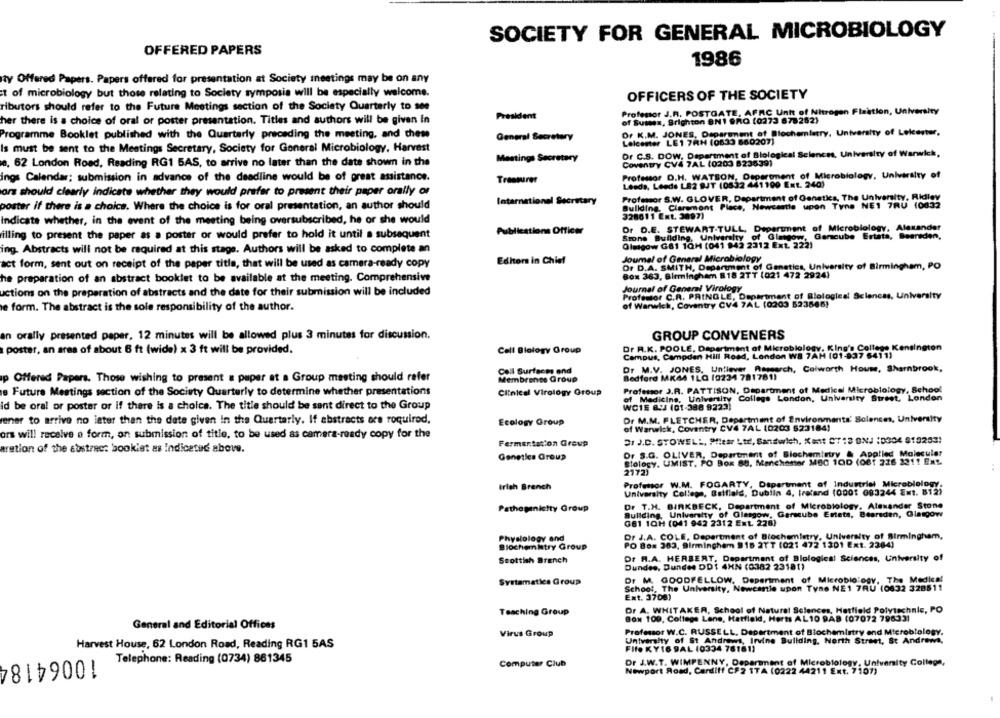
SOCIETY FOR GENERAL MICROBIOLOGY
OFFERED PAPERS
1986
ty Offered Papers. Papers offered for presentation at Society meetings may be on any
t of microbiology but those relating to Society symposia will be especially welcome.
OFFICERS OF THE SOCIETY
ributors should refer to the Future Meetings section of the Society Quarterly to 100
President
Profesor J.R. POSTGATE, AFRC Unit of Nitrogen Flaation, University
her there is a choice of oral or poster presentation. Titles and authors will be given in
of Suites, Brighton BN1 9RQ (0273 878252)
Programme Booklet published with the Quarterly preceding the meeting, and chese
General Secretary
Or K.M. JONES, Department of Biochemistry, University of Leicester,
Leicester LE1 7RH (0633 860207)
Is must be sent to the Meetings Secretary, Society for General Microbiology, Harvest
Meetings Secretary
Or C.S. DOW, Department of Biological Sciences, University of Warwick,
o. 62 London Road, Reading RG1 5AS, to arrive no later than the date shown in the
Coventry CV4 7AL (0203 8236391
ings Calendar; submission in advance of the deadline would be of great assistance.
Treasurer
Professor D.H. WATSON, Department of Microbiology, University of
Leeds, Leeds L82 SJT (0832 441199 Ext. 240)
ors should clearly indicate whether they would prefer to present their paper orally or
International Secretary
Profesor S.W. GLOVER, Department of Genetics, The University, Ridley
poster if there is a choice. Where the choice is for oral presentation, an author should
Buliding, Claremont Place, Newcastle upon Tyne NE1 7RU 10032
328611 Ext. 3097)
Indicate whether, in the event of the meeting being oversubscribed, he or she would
Dr D.E. STEWART-TULL, Department of Microbiology, Alexander
illing to present the paper as a poster or would prefer to hold it until a subsequent
Publications Officer
Stone Building, University of Glasgow, Gencube Ertata, Beareden,
Glasgow G81 1QH (041 942 2312 Ext. 222)
ing. Abstracts will not be required at this stage. Authors will be asked to complete an
Joumal of General Microbiology
act form, sent out on receipt of the paper title, that will be used as camera-ready copy
Editor in Chief
Dr D.A. SMITH, Department of Genetics, University of Birmingham, PO
he preparation of an abstract booklet to be available at the meeting. Comprehensive
Box 363, Birmingham 818 2TT (021 472 2924)
Journal of General Virology
uctiom on the preparation of abstracts and the date for their submission will be included
Professor C.R. PRINGLE, Department of Blological Sciences, University
e form. The abstract is the sole responsibility of the author.
of Warwick, Coventry CV4 7AL (0203 523566)
an orally presented paper, 12 minutes will be allowed plus 3 minutes for discussion.
GROUP CONVENERS
poster, an area of about 6 ft (wide) x 3 ft will be provided.
Cell Biology Group
Dr R.K. POOLE, Department of Microbiology, King's College Kensington
Campus, Campden Hill Road, London W8 7AH (01-937 6411)
Cell Surfaces and
Dr M.V. JONES, Untiever Reserch, Colworth House, Shamnbrook,
p Offered Papers. Those wishing to present a paper at a Group meeting should refer
Membranes Group
Bedford MK44 1LQ 19234 781781)
e Future Meetings section of the Society Quarterly to determine whether presentations
Clinical Virology Group
Professor J.R. PATTISON, Department of Medical Microbiology, School
of Medicine, University College London, University Street, London
id be oral or postar or if there is a choice. The title should be sant direct to the Group
WCIE &.J (01-388 9223)
ener to arrive no later than the date given in the Quarterly. If abstracts ore roquired.
Ecology Group
Dr M.M. FLETCHER, Department of Environments' Solences, University
of Warwick, Coventry CV4 7AL 10203 523184)
ors will receive a form, on submission of title, to be used as camera-ready copy for the
Fermentation Group
31 J.C. STOWELL, Pear Ltd, Sandwich, Xant 0718 ONJ :0304 819253)
aration of the abstrac: booklet as Indicated above.
Dr S.G. OLIVER, Department of Biochemistry & Applied Molecular
Genetics Group
Biology, UMIST. PO Box 88, Manchester MBC 100 (061 216 2211 Ext
2172)
Irish Branch
Professor W.M. FOGARTY, Department of Industrial Microbiology.
University College, Balfield, Dublin , Ireland (0001 083244 Ext. 812)
Pathogenictty Group
Dr T.H. BIRKBECK, Department of Microbiology, Alexander Stone
Building, University of Glasgow, Garscube Esteta, Bearsden, Glasgow
081 10H (041 942 2312 Ext. 228)
Physiology and
Dr J.A. COLE, Department of Biochemistry, University of Birmingham,
Biochemistry Group
PO Box 363, Birmingham 918 2TT (021 472 1201 Ext. 2284)
Scottish Branch
Dr R.A. HERBERT, Department of Blological Sciences, University of
Dundes, Bundes DD$ 4HN (0382 23181)
Svetamatica Group
Dr M. GOODFELLOW. Department of Microbiology, The Medical
Schoot, The University, Newcanle upon Tyne NE1 7AU (0832 328511
Ext. 3708)
Teaching Group
Dr A. WHITAKER, School of Natural Sciences, Hatfield Polytechnic, PO
BON 100, College Lene, Hatfield, Herts AL10 9AB (07072 79633)
General and Editorial Offices
Virus Group
Professor W.C. RUSSELL, Department of Biochemistry end Microbiology,
Harvest House, 62 London Road, Reading RG1 5AS
University of St Andrews, Irvine Building, North Street, St Andrews,
FIfe KY16 9AL (0334 78181)
10064184
Telephone: Reading (0734) 861345
Computer Club
Dr J.W.T. WIMPENNY, Department of Microbiology, University College,
Newport Road, Cardiff CF2 TTA (0222 44211 Ext. 7107)